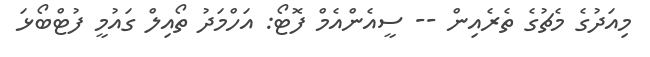
މިއަދުގެ މެޗުގެ ތެރެއިން -- ސީއެންއެމް ފޮޓޯ: އަހްމަދު ތޯއިލް ގައުމީ ފުޓްބޯޅަ